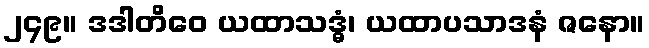
၂၄၉။ ဒဒါတိဝေ ယထာသဒ္ဓံ၊ ယထာပသာဒနံ ဇနော။